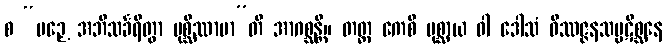
စ “ပဉှေ အဘိသင်္ခရိတွာ ပုစ္ဆိဿာမာ”တိ အာဂစ္ဆန္တိ။ တတ္ထ ကေစိ ပုစ္ဆာယ ဝါ ဒေါသံ ဝိဿဇ္ဇနသမ္ပဋိစ္ဆနေ